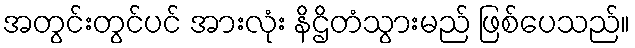
အတွင်းတွင်ပင် အားလုံး နိဌိတံသွားမည် ဖြစ်ပေသည်။